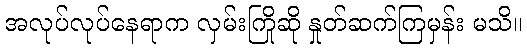
အလုပ်လုပ်နေရာက လှမ်းကြိုဆို နှုတ်ဆက်ကြမှန်း မသိ။